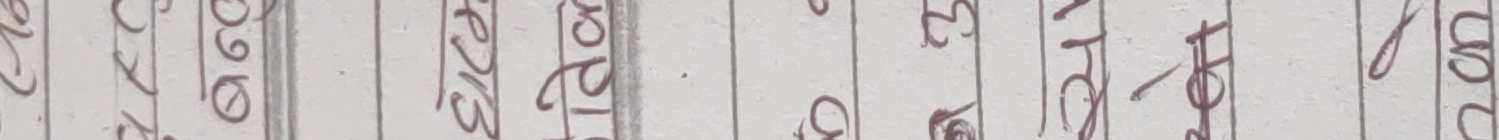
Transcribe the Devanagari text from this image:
अंगुठा
ओठ
तलाउ
चट्टो
छोरा
झरना
तालिका
पत्रा
जलारी
चरा
उनको
उज्यालो
दाइजो
चित्र
मुद्रा
रातो
लाटो
जरायो